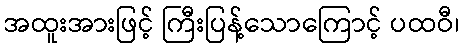
အထူးအားဖြင့် ကြီးပြန့်သောကြောင့် ပထဝီ၊